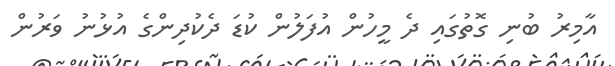
އާމިރު ބުނި ގޮތުގައި ދެ މީހުން އުފަލުން ކުޑަ ދެކުދިންގެ އުޅުނު ވަރުން